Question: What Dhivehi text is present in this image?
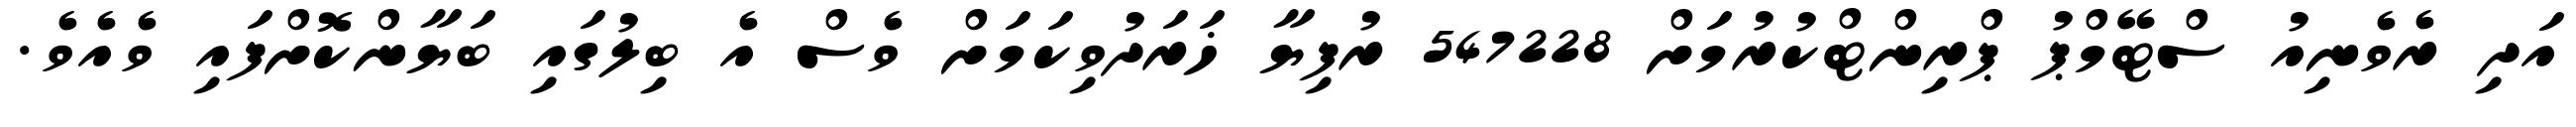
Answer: އަދި ރެވެނިއު ސްޓޭމްޕު ޕްރިންޓްކުރުމަށް 547228 ރުފިޔާ ޚަރަދުވިކަމަށް ވެސް އެ ބިލުގައި ބަޔާންކޮށްފައި ވެއެވެ.